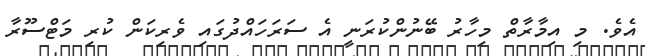
އެވެ. މި އިމާރާތް މިހާރު ބޭނުންކުރަނީ އެ ސަރަހައްދުގައި ވެރިކަން ކުރި މަޓްސޫރާ